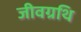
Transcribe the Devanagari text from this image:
जीवग्रथि